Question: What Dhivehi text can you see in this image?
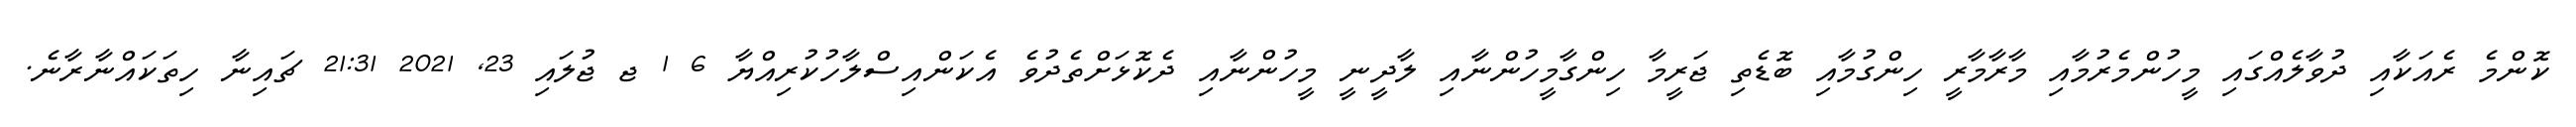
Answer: ކޮންމެ ރެއަކާއި ދުވާލެއްގައި މީހުންމެރުމާއި މާރާމާރީ ހިންގުމާއި ބޮޑެތި ޖަރީމާ ހިންގާމީހުންނާއި ލާދީނީ މީހުންނާއި ދެކޮޅަށްތެދުވެ އެކަންއިސްލާހުކުރިއްޔާ 6 1 ޖ ޖުލައި 23, 2021 21:31 ޗައިނާ ހިތަކައްނާރާނެ.